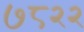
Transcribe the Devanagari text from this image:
७८२२